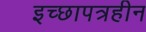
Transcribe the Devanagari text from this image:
इच्छापत्रहीन